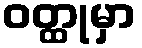
ဝတ္ထုမှာ